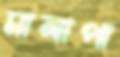
মালাপা